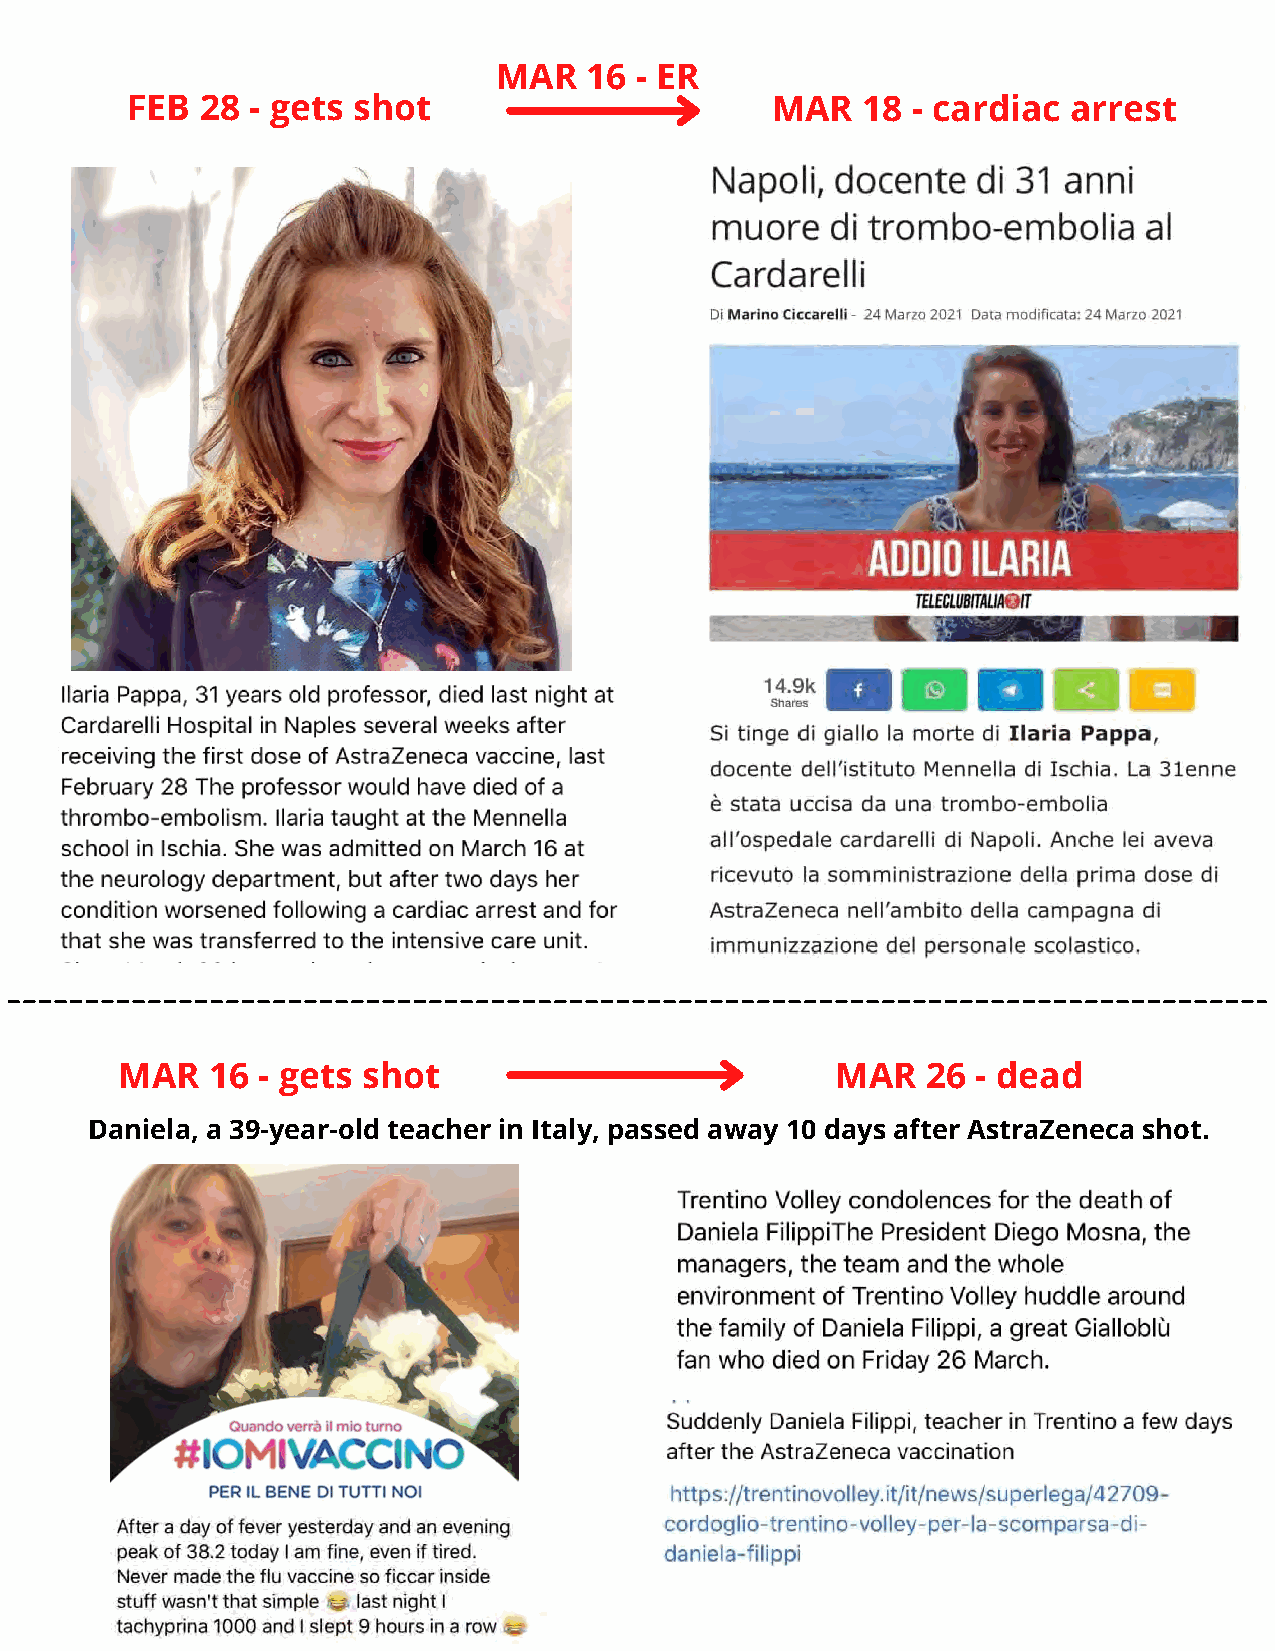
MAR   16 - ER
 FEB  28  - gets shot                       MAR   18 - cardiac  arrest
 MAR   16 - gets shot                           MAR   26  - dead
 Daniela, a 39-year-old teacher in Italy, passed away 10 days after AstraZeneca shot.